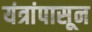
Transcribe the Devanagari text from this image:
यंत्रांपासून